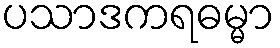
ပသာဒကရဓမ္မာ